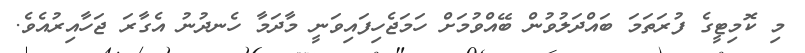
މި ކޮމިޓީގެ ފުރަތަމަ ބައްދަލުވުން ބޭއްވުމަށް ހަމަޖެހިފައިވަނީ މާދަމާ ހެނދުނު އެގާރަ ޖަހާއިރުއެވެ.